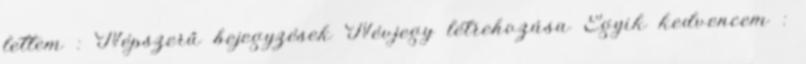
lettem : Népszerű bejegyzések Névjegy létrehozása Egyik kedvencem :